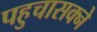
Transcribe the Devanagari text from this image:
पहुचासक्ने